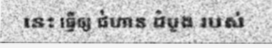
នេះ ធ្វើឲ្យ ជំហាន ដំបូង របស់